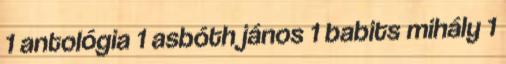
1 antológia 1 asbóth jános 1 babits mihály 1